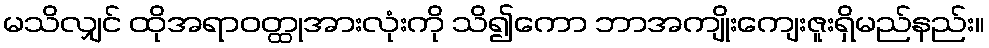
မသိလျှင် ထိုအရာဝတ္ထုအားလုံးကို သိ၍ကော ဘာအကျိုးကျေးဇူးရှိမည်နည်း။